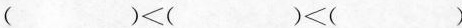
$$( )<( )<( )$$